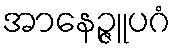
အာနေဉ္ဇူပဂံ